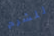
للشرح